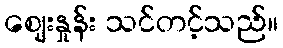
ဈေးနှုန်း သင်တင့်သည်။